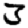
Digit: 3